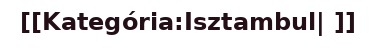
[[Kategória:Isztambul| ]]